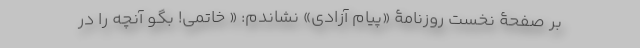
بر صفحۀ نخست روزنامۀ «پیام آزادی» نشاندم: « خاتمی! بگو آنچه را در